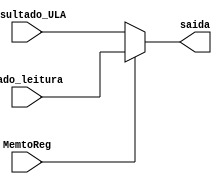
module mux_escrita(Resultado_ULA, dado_leitura, MemtoReg, saida);
input MemtoReg;
input [31:0] Resultado_ULA, dado_leitura;
output reg [31:0] saida;

always @(MemtoReg)
	begin
		if(MemtoReg)
			begin
				saida = dado_leitura;
			end
		else
			begin
				saida = Resultado_ULA;
			end
	end

endmodule